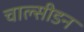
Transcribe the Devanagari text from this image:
चाल्सीडन